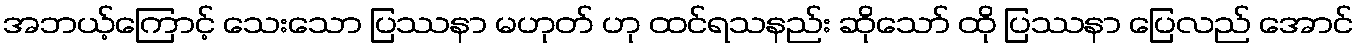
အဘယ့်ကြောင့် သေးသော ပြဿနာ မဟုတ် ဟု ထင်ရသနည်း ဆိုသော် ထို ပြဿနာ ပြေလည် အောင်